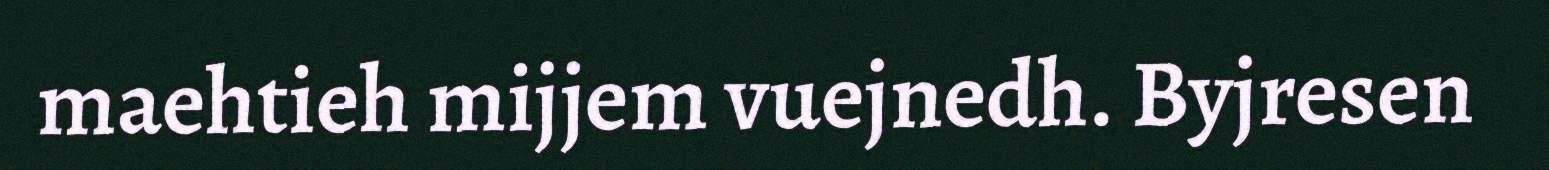
maehtieh mijjem vuejnedh. Byjresen